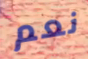
نعم